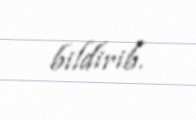
bildirib.